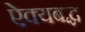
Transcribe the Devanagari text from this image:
ऐक्यबद्ध